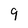
Character: 9